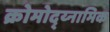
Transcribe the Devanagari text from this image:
क्रोमोद्य्नामिक